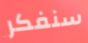
سنفكر